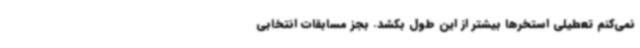
نمی‌کنم تعطیلی استخرها بیشتر از این طول بکشد. بجز مسابقات انتخابی